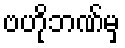
ဗဟိုဘဏ်မှ